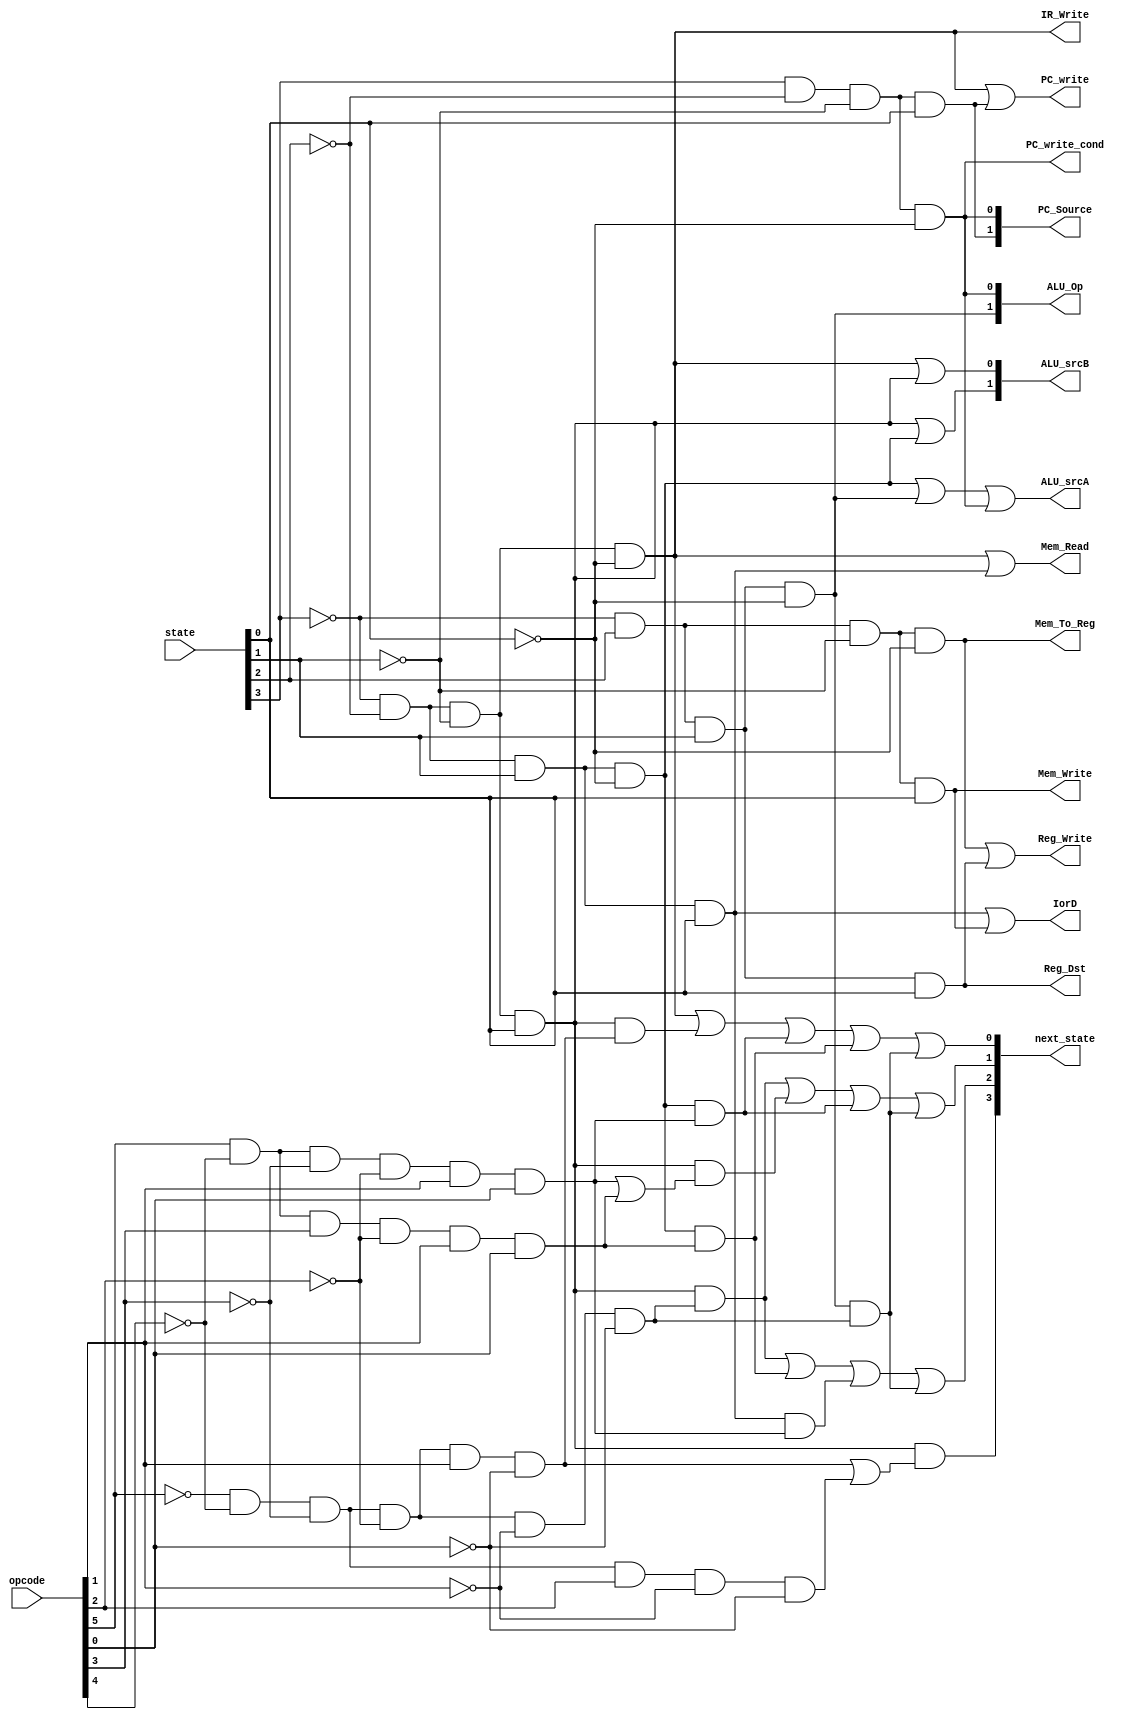
module controller(state, opcode, PC_write, PC_write_cond, IorD, Mem_Read, Mem_Write, IR_Write, Mem_To_Reg, PC_Source, ALU_Op, ALU_srcA, ALU_srcB, Reg_Write, Reg_Dst, next_state);
	input [3:0] state;
	input [5:0] opcode;
	output [3:0] next_state;
	output PC_write, PC_write_cond, IorD, Mem_Read, Mem_Write, IR_Write, Mem_To_Reg, Reg_Dst, Reg_Write, ALU_srcA;
	output [1:0] PC_Source, ALU_Op, ALU_srcB;
	wire jmp, rf, beq, lw, sw;
	
	assign PC_write = (~state[3] & ~state[2] & ~state[1] & ~state[0]) | (state[3] & ~state[2] & ~state[1] & state[0]);
	assign PC_write_cond = (state[3] & ~state[2] & ~state[1] & ~state[0]);
	assign IorD = (~state[3] & ~state[2] & state[1] & state[0]) | (~state[3] & state[2] & ~state[1] & state[0]);
	assign Mem_Read = (~state[3] & ~state[2] & ~state[1] & ~state[0]) | (~state[3] & ~state[2] & state[1] & state[0]);
	assign Mem_Write = (~state[3] & state[2] & ~state[1] & state[0]);
	assign IR_Write = (~state[3] & ~state[2] & ~state[1] & ~state[0]);
	assign Mem_To_Reg = (~state[3] & state[2] & ~state[1] & ~state[0]);
	assign PC_Source[0] = (state[3] & ~state[2] & ~state[1] & ~state[0]);
	assign PC_Source[1] = (state[3] & ~state[2] & ~state[1] & state[0]);
	assign ALU_Op[0] = (state[3] & ~state[2] & ~state[1] & ~state[0]);
	assign ALU_Op[1] = (~state[3] & state[2] & state[1] & ~state[0]);
	assign ALU_srcB[0] = (~state[3] & ~state[2] & ~state[1] & ~state[0]) | (~state[3] & ~state[2] & ~state[1] & state[0]);
	assign ALU_srcB[1] = (~state[3] & ~state[2] & ~state[1] & state[0]) | (~state[3] & ~state[2] & state[1] & ~state[0]);
	assign ALU_srcA = (~state[3] & ~state[2] & state[1] & ~state[0]) | (~state[3] & state[2] & state[1] & ~state[0]) | (state[3] & ~state[2] & ~state[1] & ~state[0]);
	assign Reg_Write = (~state[3] & state[2] & ~state[1] & ~state[0]) | (~state[3] & state[2] & state[1] & state[0]);
	assign Reg_Dst = (~state[3] & state[2] & state[1] & state[0]);
	
	//assign next_state = 4'b0000;
	assign jmp = (~opcode[5] & ~opcode[4] & ~opcode[3] & ~opcode[2] & opcode[1] & ~opcode[0]);
	assign rf = (~opcode[5] & ~opcode[4] & ~opcode[3] & ~opcode[2] & ~opcode[1] & ~opcode[0]);
	assign beq = (~opcode[5] & ~opcode[4] & ~opcode[3] & opcode[2] & ~opcode[1] & ~opcode[0]);
	assign lw = (opcode[5] & ~opcode[4] & ~opcode[3] & ~opcode[2] & opcode[1] & opcode[0]);
	assign sw = (opcode[5] & ~opcode[4] & opcode[3] & ~opcode[2] & opcode[1] & opcode[0]);
	
	assign next_state[0] = (~state[3] & ~state[2] & ~state[1] & ~state[0]) | ((~state[3] & ~state[2] & ~state[1] & state[0])&jmp) | ((~state[3] & ~state[2] & state[1] & ~state[0])&lw) | ((~state[3] & ~state[2] & state[1] & ~state[0])&sw) | ((~state[3] & state[2] & state[1] & ~state[0])&rf);
	assign next_state[1] = ((~state[3] & ~state[2] & ~state[1] & state[0])&rf) | ((~state[3] & ~state[2] & ~state[1] & state[0])&(lw|sw)) | ((~state[3] & ~state[2] & state[1] & ~state[0])&lw) | ((~state[3] & state[2] & state[1] & ~state[0])&rf);
	assign next_state[2] = ((~state[3] & ~state[2] & ~state[1] & state[0])&rf) | ((~state[3] & ~state[2] & state[1] & ~state[0])&sw) | ((~state[3] & ~state[2] & state[1] & state[0])&lw) | ((~state[3] & state[2] & state[1] & ~state[0])&rf);
	assign next_state[3] = ((~state[3] & ~state[2] & ~state[1] & state[0])&(jmp|beq));
	
endmodule

module test;
	reg [3:0] state;
	reg [5:0] opcode;
	wire [3:0] next_state;
	wire PC_write, PC_write_cond, IorD, Mem_Read, Mem_Write, IR_Write, Mem_To_Reg, Reg_Dst, Reg_Write, ALU_srcA;
	wire [1:0] PC_Source, ALU_Op, ALU_srcB;
	
	controller c(state, opcode, PC_write, PC_write_cond, IorD, Mem_Read, Mem_Write, IR_Write, Mem_To_Reg, PC_Source, ALU_Op, ALU_srcA, ALU_srcB, Reg_Write, Reg_Dst, next_state);
	initial
		begin
			$monitor(,$time, " state=%b, next_state=%b, opcode=%b, PC_write=%b PC_write_cond=%b, IorD=%b, Mem_Read=%b, Mem_Write=%b IR_Write=%b, Mem_To_Reg=%b, PC_Source=%b, ALU_Op=%b ALU_srcA=%b, ALU_srcB=%b, Reg_Write=%b, Reg_Dst=%b", state, next_state, opcode, PC_write, PC_write_cond, IorD, Mem_Read, Mem_Write, IR_Write, Mem_To_Reg, PC_Source, ALU_Op, ALU_srcA, ALU_srcB, Reg_Write, Reg_Dst);
			#0 state = 4'b0000;
			#0 opcode = 6'b100011;
			#5 state = next_state;
			#5 state = next_state;
			#5 state = next_state;
			#5 state = next_state;
			#10 $finish;
		end
		
endmodule